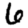
Digit: 6